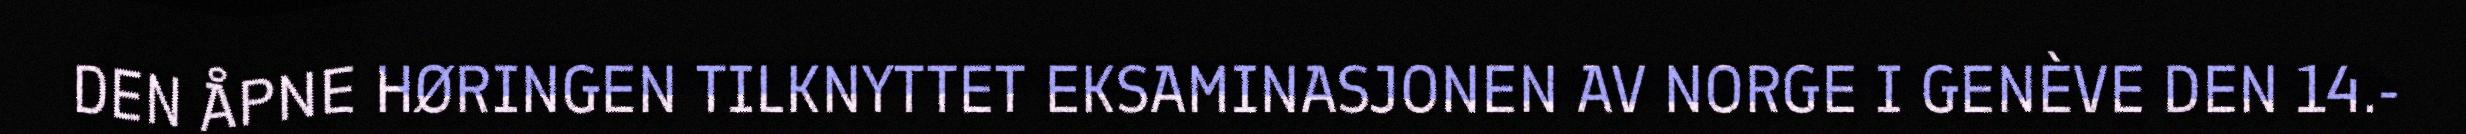
DEN ÅPNE HØRINGEN TILKNYTTET EKSAMINASJONEN AV NORGE I GENÈVE DEN 14.-